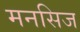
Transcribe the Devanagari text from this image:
मनसिज